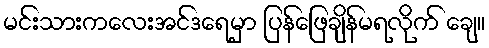
မင်းသားကလေးအင်ဒရေမှာ ပြန်ဖြေချိန်မရလိုက် ချေ။